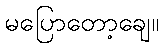
မပြောတော့ချေ။